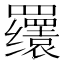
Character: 𬙫